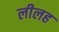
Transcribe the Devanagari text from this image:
लीलह